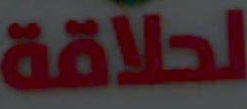
لحلاقة